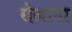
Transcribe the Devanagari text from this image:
रोलाना